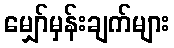
မျှော်မှန်းချက်များ